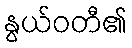
နွယ်ဝတီ၏